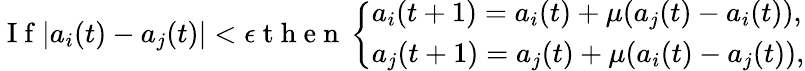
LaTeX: \begin{array}{r}{\mathrm{~I~f~}|a_{i}(t)-a_{j}(t)|<\epsilon\mathrm{~t~h~e~n~}\left\{ \begin{array}{ll}{a_{i}(t+1)=a_{i}(t)+\mu(a_{j}(t)-a_{i}(t)),}\\ {a_{j}(t+1)=a_{j}(t)+\mu(a_{i}(t)-a_{j}(t)),}\end{array}\right.}\end{array}